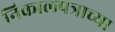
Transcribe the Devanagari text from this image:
निकालपत्राच्या